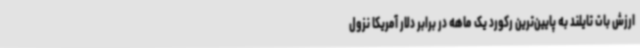
ارزش بات تایلند به پایین‌ترین رکورد یک ماهه در برابر دلار آمریکا نزول